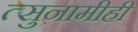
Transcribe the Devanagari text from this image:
त्सुनामीही